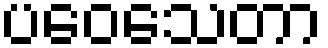
ပဝေသေတာ